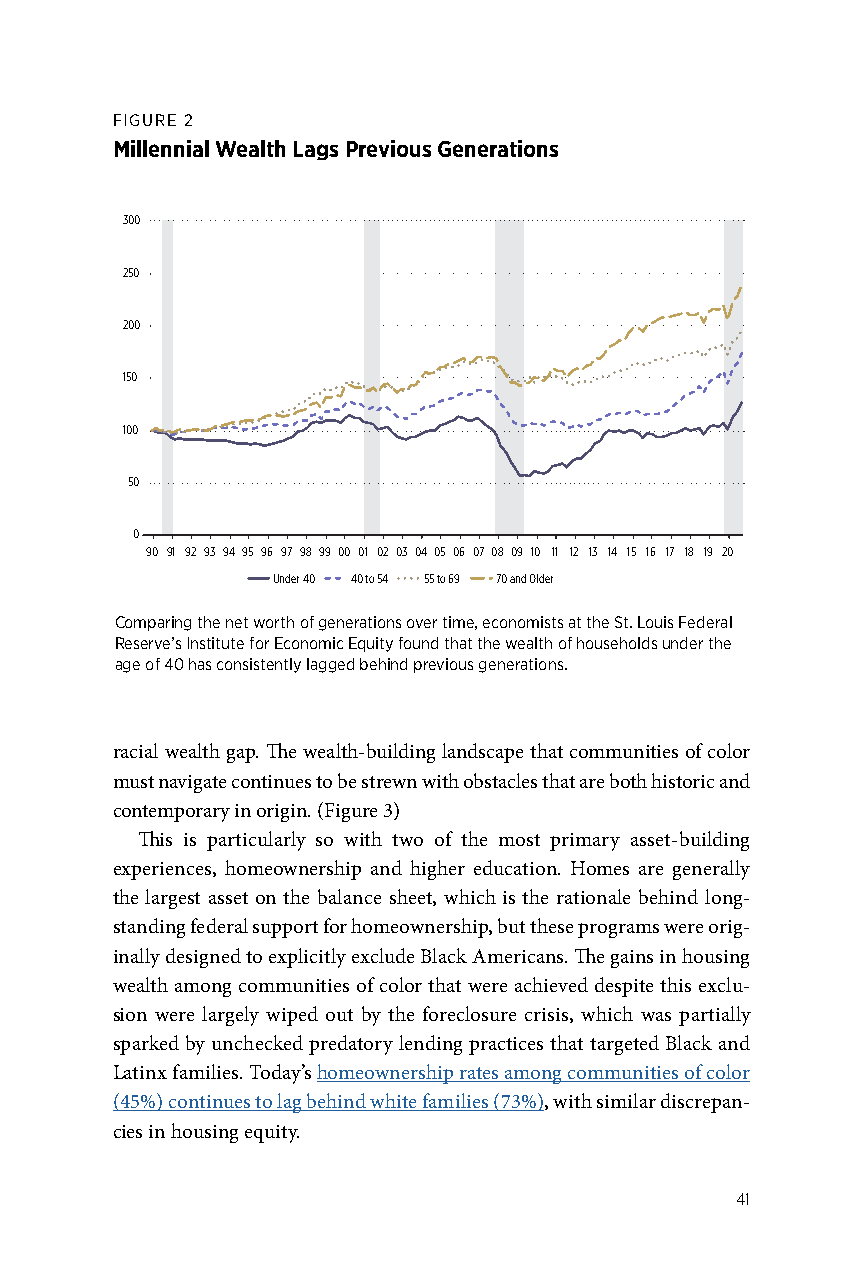
FIGURE 2
 Millennial Wealth Lags Previous Generations
 300
 250
 200
 150
 100
 50
 0
 90 91 92 93 94 95 96 97 98 99 00 01 02 03 04 05 06 07 08 09 10 11 12 13 14 15 16 17 18 19 20
 Under 40 40 to 54 55 to 69 70 and Older
 Comparing the net worth of generations over time, economists at the St. Louis Federal
 Reserve’s Institute for Economic Equity found that the wealth of households under the
 age of 40 has consistently lagged behind previous generations.
 racial wealth gap. The wealth-building landscape that communities of color
 must navigate continues to be strewn with obstacles that are both historic and
 contemporary in origin. (Figure 3)
 This is particularly so with two of the most primary asset-building
 experiences, homeownership and higher education. Homes are generally
 the largest asset on the balance sheet, which is the rationale behind long-
 standing federal support for homeownership, but these programs were orig-
 inally designed to explicitly exclude Black Americans. The gains in housing
 wealth among communities of color that were achieved despite this exclu-
 sion were largely wiped out by the foreclosure crisis, which was partially
 sparked by unchecked predatory lending practices that targeted Black and
 Latinx families. Today’s homeownership rates among communities of color
 (45%) continues to lag behind white families (73%), with similar discrepan-
 cies in housing equity.
 41